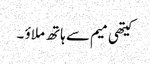
کیتھی میم سے ہاتھ ملاؤ ۔